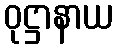
ဝုဋ္ဌာနာယ